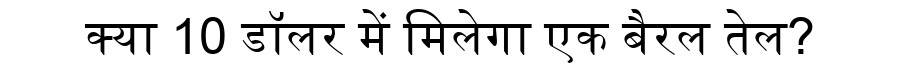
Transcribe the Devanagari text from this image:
क्या 10 डॉलर में मिलेगा एक बैरल तेल?